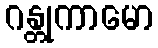
ဂန္တုကာမော